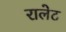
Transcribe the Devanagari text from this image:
रालेट